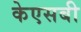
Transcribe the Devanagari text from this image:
केएसबी